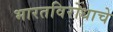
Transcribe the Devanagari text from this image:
भारतविरोधाचे